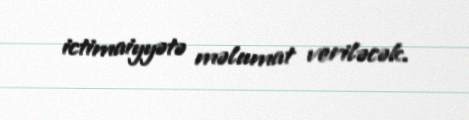
ictimaiyyətə məlumat veriləcək.